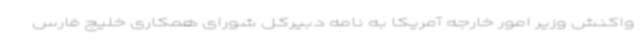
واکنش وزیر امور خارجه آمریکا به نامه‌ دبیرکل شورای همکاری خلیج فارس